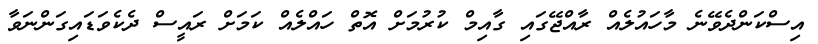
އިސްކަންދެވޭނެ މާހައުލެއް ރާއްޖޭގައި ގާއިމް ކުރުމަށް އޮތް ހައްލެއް ކަމަށް ރައީސް ދެކެވަޑައިގަންނަވާ